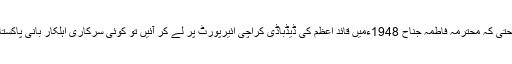
بدیں وجہ وہ عمر بھر پاکستان کے خلاف بیانات دیتے رہے حتیٰ کہ محترمہ فاطمہ جناح 1948ءمیں قائد اعظم کی ڈیڈباڈی کراچی ائیرپورٹ پر لے کر آئیں تو کوئی سرکاری اہلکار بانیِ پاکستان کی ڈیڈ باڈی کو لینے کے لیے ائیرپورٹ پر موجود نہ تھا۔